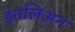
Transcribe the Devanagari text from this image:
इतलिअन